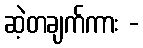
ဆဲ့တချက်ကား -